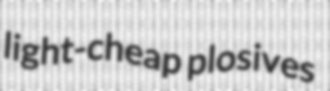
light-cheap plosives